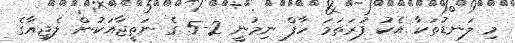
މި ލަނޑުތަކާ އެކު ފުރަތަމަ ހާފް ނިމުނީ 2-5 ގެ ނަތީޖާއަކުން ލެޖިއާގެ